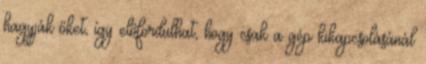
hagyják őket, így előfordulhat, hogy csak a gép kikapcsolásánál